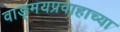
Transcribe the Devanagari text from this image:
वाङ्मयप्रवाहाच्या